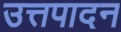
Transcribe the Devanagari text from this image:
उत्तपादन